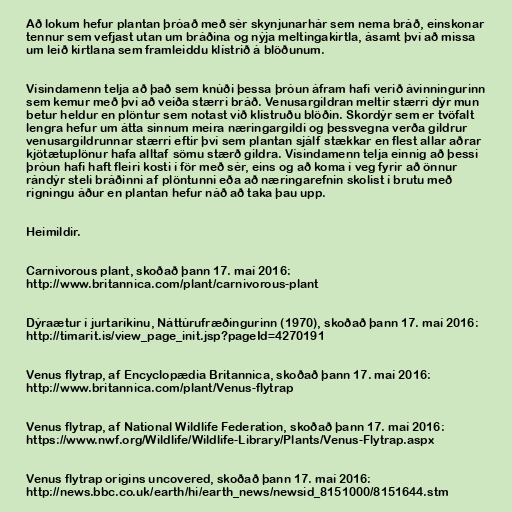
Að lokum hefur plantan þróað með sér skynjunarhár sem nema bráð, einskonar
tennur sem vefjast utan um bráðina og nýja meltingakirtla, ásamt því að missa
um leið kirtlana sem framleiddu klístrið á blöðunum.

Vísindamenn telja að það sem knúði þessa þróun áfram hafi verið ávinningurinn
sem kemur með því að veiða stærri bráð. Venusargildran meltir stærri dýr mun
betur heldur en plöntur sem notast við klístruðu blöðin. Skordýr sem er tvöfalt
lengra hefur um átta sinnum meira næringargildi og þessvegna verða gildrur
venusargildrunnar stærri eftir því sem plantan sjálf stækkar en flest allar aðrar
kjötætuplönur hafa alltaf sömu stærð gildra. Vísindamenn telja einnig að þessi
þróun hafi haft fleiri kosti í för með sér, eins og að koma í veg fyrir að önnur
rándýr steli bráðinni af plöntunni eða að næringarefnin skolist í brutu með
rigningu áður en plantan hefur náð að taka þau upp.

Heimildir.

Carnivorous plant, skoðað þann 17. maí 2016:
http://www.britannica.com/plant/carnivorous-plant

Dýraætur í jurtaríkinu, Náttúrufræðingurinn (1970), skoðað þann 17. maí 2016:
http://timarit.is/view_page_init.jsp?pageId=4270191

Venus flytrap, af Encyclopædia Britannica, skoðað þann 17. maí 2016:
http://www.britannica.com/plant/Venus-flytrap

Venus flytrap, af National Wildlife Federation, skoðað þann 17. maí 2016:
https://www.nwf.org/Wildlife/Wildlife-Library/Plants/Venus-Flytrap.aspx

Venus flytrap origins uncovered, skoðað þann 17. maí 2016:
http://news.bbc.co.uk/earth/hi/earth_news/newsid_8151000/8151644.stm